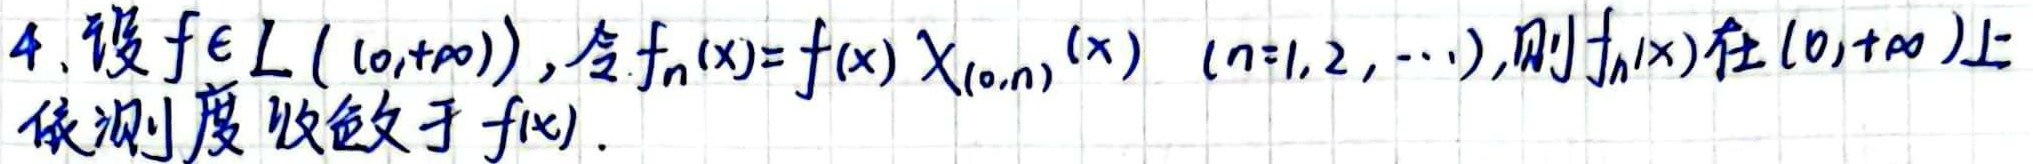
4. 设$f\in L((0,+\infty))$, 令$f_n(x)=f(x)\chi_{(0,n)}(x)\ (n = 1,2,\cdots)$, 则$f_n(x)$在$(0,+\infty)$上依测度收敛于$f(x)$.